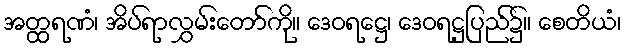
အတ္ထရဏံ၊ အိပ်ရာလွှမ်းတော်ကို။ ဒေဝရဋ္ဌေ၊ ဒေဝရဋ္ဌပြည်၌။ စေတိယံ၊